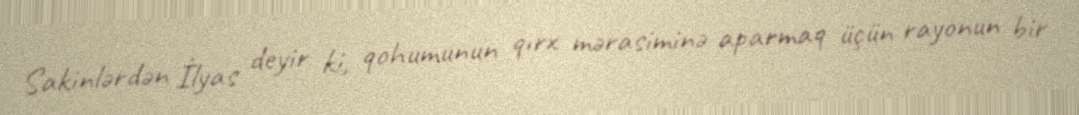
Sakinlərdən İlyas deyir ki, qohumunun qırx mərasiminə aparmaq üçün rayonun bir